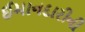
ઈમાનદારીની